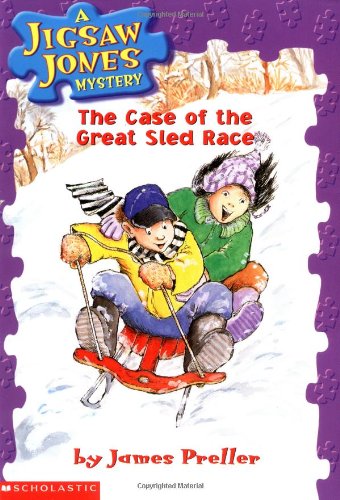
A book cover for The Case of the Great Sled Race (Jigsaw Jones Mystery, No. 8); James Preller; Children's Books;